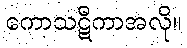
ကောသဋီကာအလို။